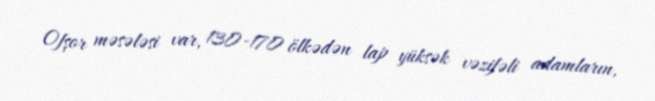
Ofşor məsələsi var, 130-170 ölkədən lap yüksək vəzifəli adamların,